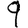
Digit: 9